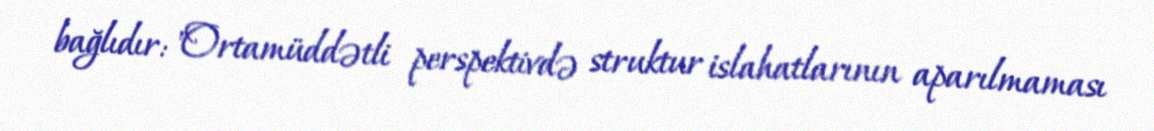
bağlıdır: "Ortamüddətli perspektivdə struktur islahatlarının aparılmaması